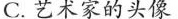
C. 艺术家的头像